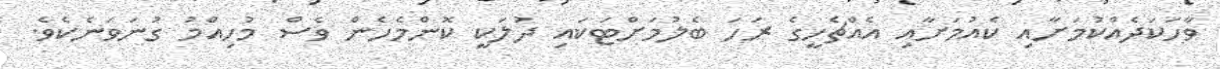
ވާހަކަދެއްކުމަށާއި ކެއުމަށާއި އެއްޗެހީގެ ރަހަ ބެލުމަށްޓަކައި ދުލަކީ ކޮންމެހެން ވެސް މުހިއްމު ގުނަވަނެކެވެ.